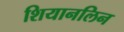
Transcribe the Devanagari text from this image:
शियानलिन